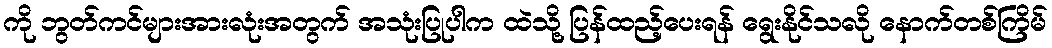
ကို ဘွတ်ကင်များအားလုံးအတွက် အသုံးပြုပါက ထဲသို့ ပြန်ထည့်ပေးရန် ရွေးနိုင်သလို နောက်တစ်ကြိမ်